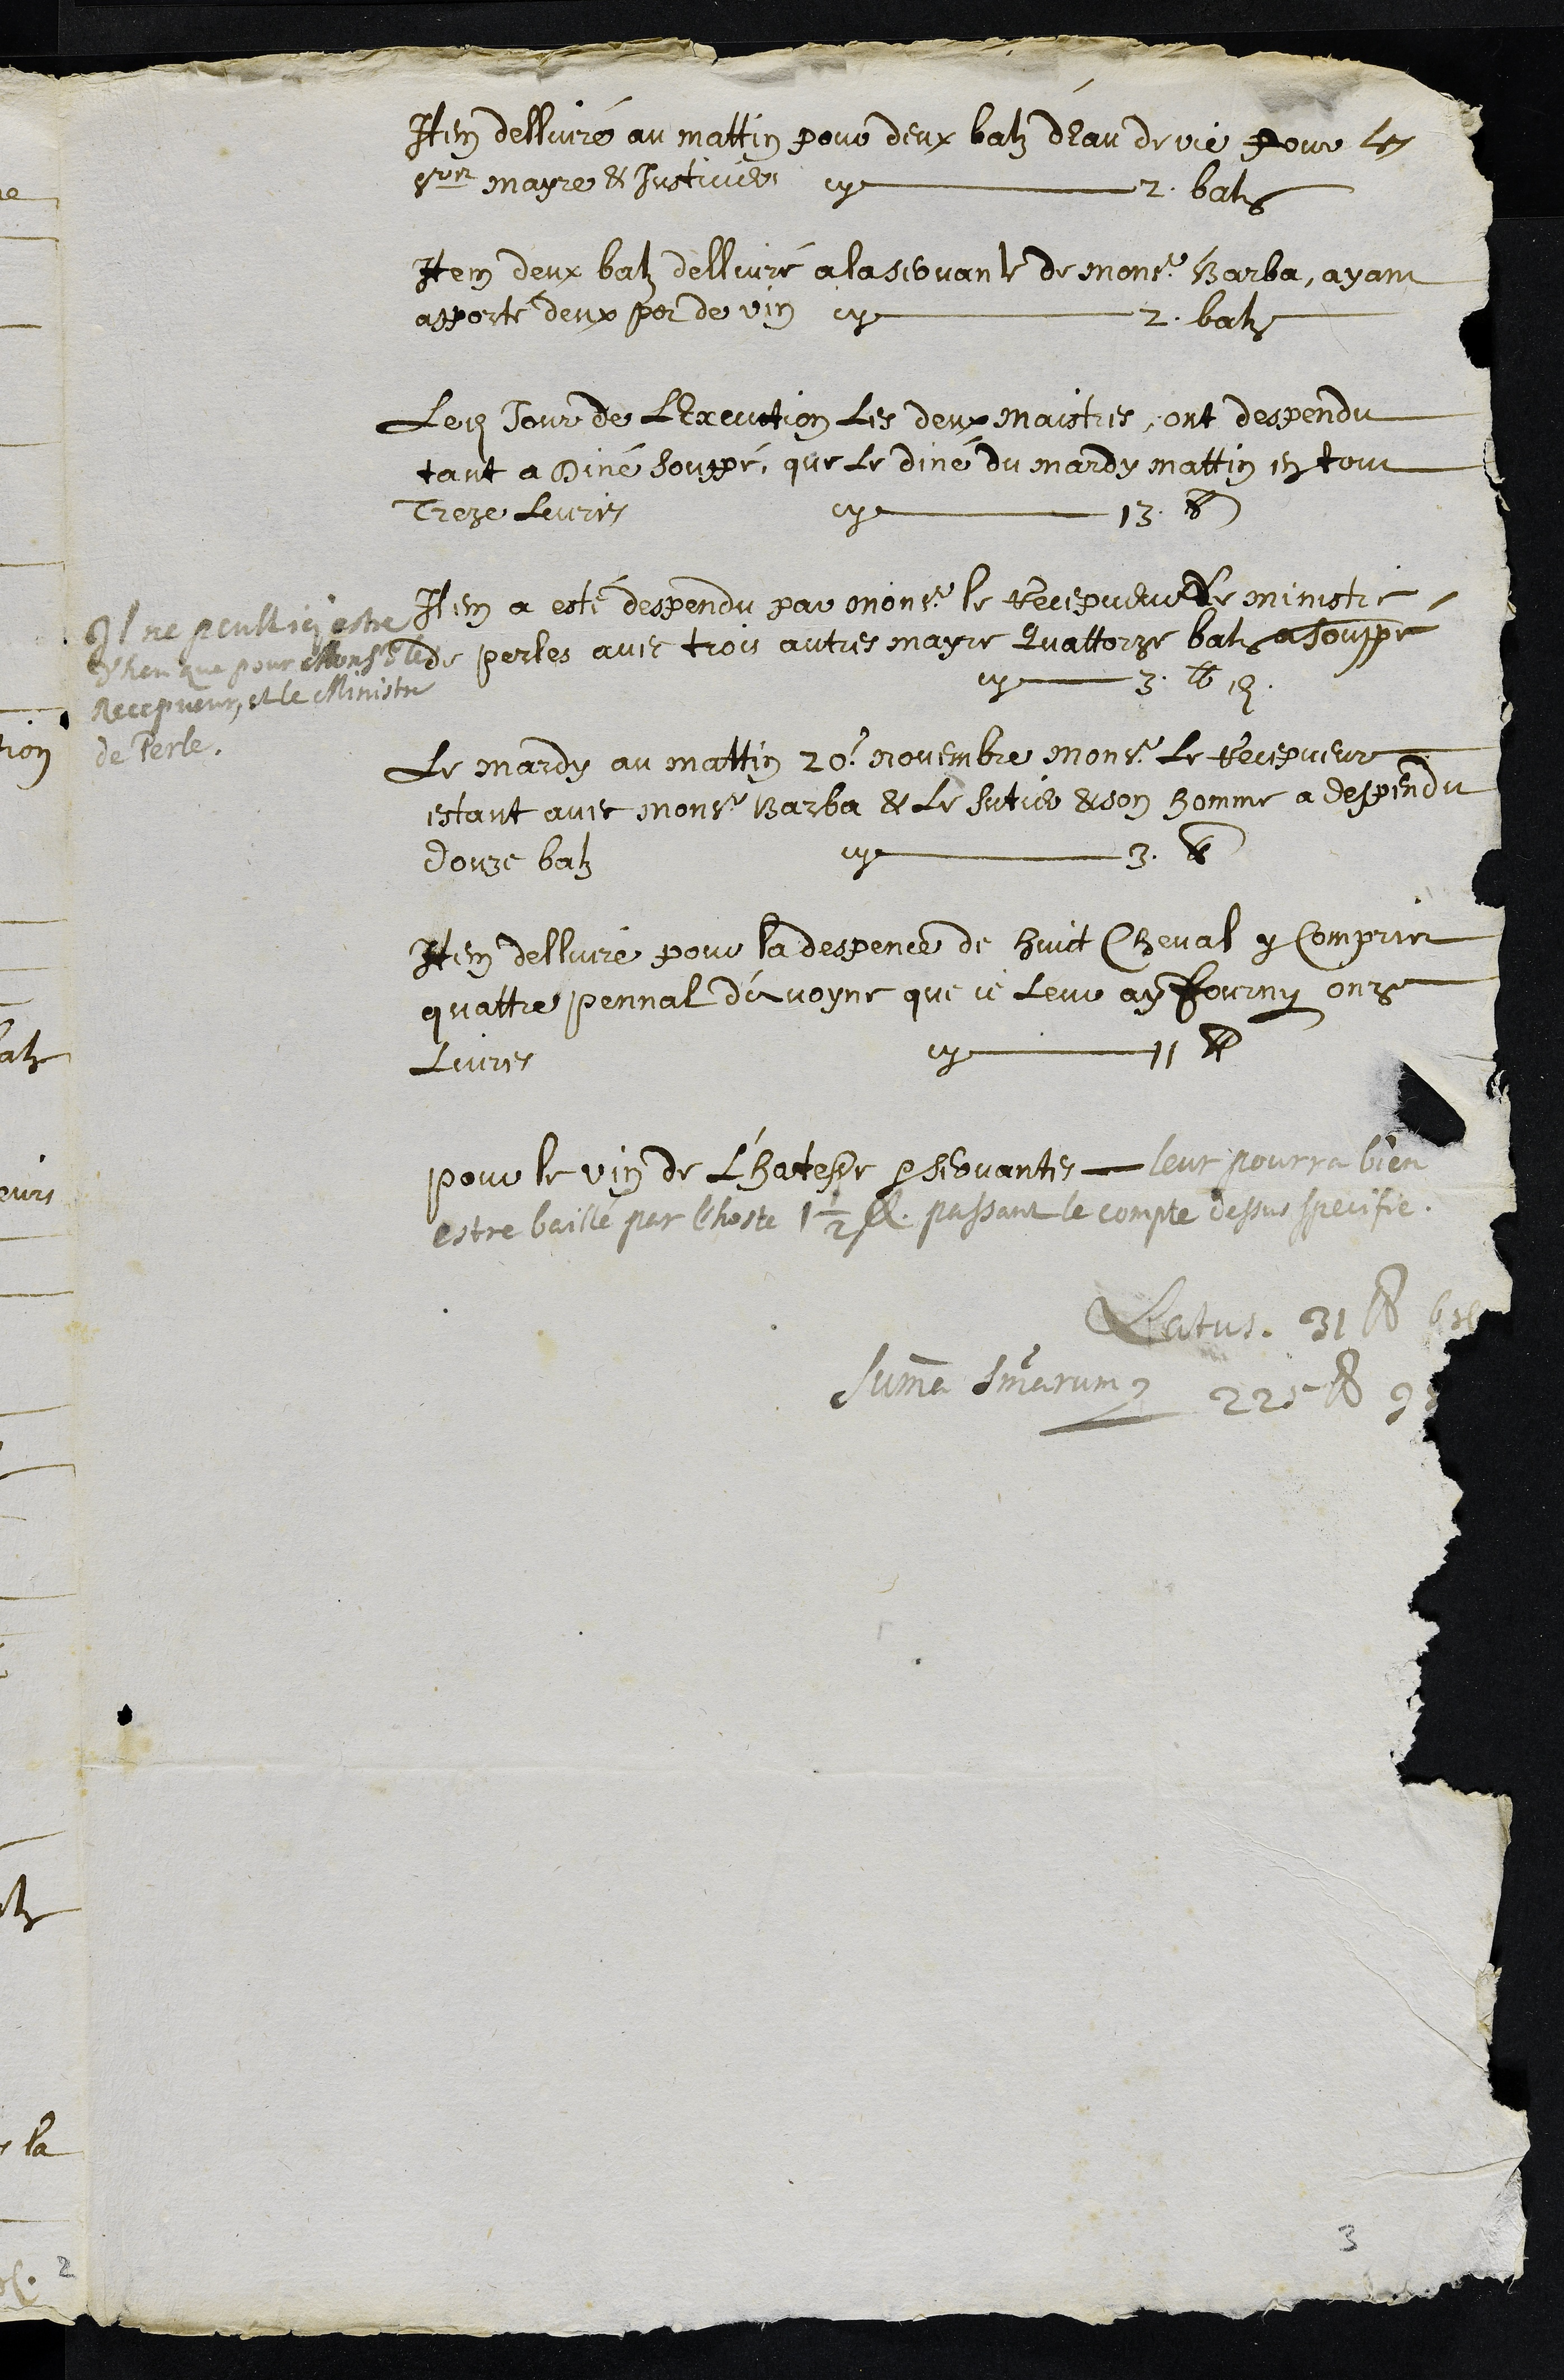
Item dellivré au mattin pour deux batz dEau de vie pour les
srs mayre & Justicier cy 2 batz
Item deux batz dellivré a la servante de Monsr Barba, ayant
apporté deux pot de vin cy 2 batz
Ledit Jour de LExcution les deux maistres, ont despendu
tant a Diné souppé, que le diné du mardy mattin en tout
Treze livres cy 13 lb
Item a esté despendu par monsr le Recepveur & le ministre
de perles avec trois autres mayre Quattorze batz a souppé
cy 3 lb et demi
Il ne peult ici estre
d'heu que pour Monsr le
Recepveur et le Ministre
de Perle.
Le mardy au mattin 20 Novembre monsr le Recepveur
estant avec Monsr Barba & le sutier & son homme a despendu
douze batz
cy 3 lb
Item dellivré pour la despence de huict cheval y compris
quattre pennat d'avoyne que je leur ay fourny onze
Livres
cy 11 lb
pour le vin de L'hotesse et servantes leur pourra bien
estre baillé par l'hoste 1 1/2 lb passant le compte dessus specifie
Latus. 31 lb 6 s.
Summa summarum 225 lb 9 s.
3